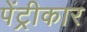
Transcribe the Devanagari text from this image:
पेंट्रीकार